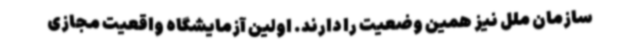
سازمان ملل نیز همین وضعیت را دارند. اولین آزمایشگاه واقعیت مجازی